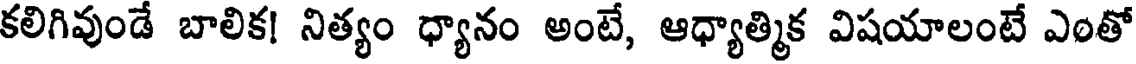
కలిగివుండే బాలిక! నిత్యం ధ్యానం అంటే, ఆధ్యాత్మిక విషయాలంటే ఎంతో